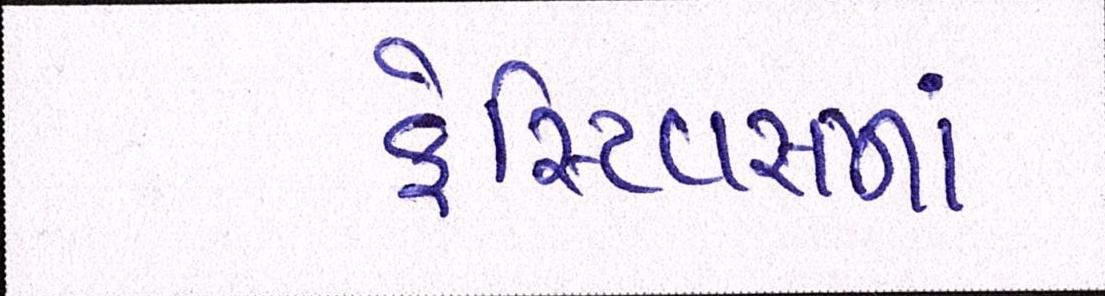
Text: ફેસ્ટિવસમાં